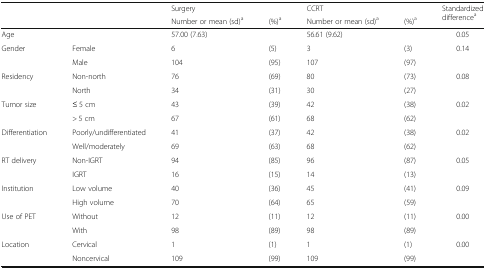
|  |  | Surgery |  | CCRT |  | <ROWSPAN=2> Standardized differencea |
 |  |  | Number or mean (sd)a | (%)a | Number or mean (sd)a | (%)a |
 | --- | --- | --- | --- | --- | --- | --- |
 | Age |  | 57.00 (7.63) |  | 56.61 (9.62) |  | 0.05 |
 | <ROWSPAN=2> Gender | Female | 6 | (5) | 3 | (3) | 0.14 |
 | Male | 104 | (95) | 107 | (97) |  |
 | <ROWSPAN=2> Residency | Non-north | 76 | (69) | 80 | (73) | 0.08 |
 | North | 34 | (31) | 30 | (27) |  |
 | <ROWSPAN=2> Tumor size | ≤ 5 cm | 43 | (39) | 42 | (38) | 0.02 |
 | > 5 cm | 67 | (61) | 68 | (62) |  |
 | <ROWSPAN=2> Differentiation | Poorly/undifferentiated | 41 | (37) | 42 | (38) | 0.02 |
 | Well/moderately | 69 | (63) | 68 | (62) |  |
 | <ROWSPAN=2> RT delivery | Non-IGRT | 94 | (85) | 96 | (87) | 0.05 |
 | IGRT | 16 | (15) | 14 | (13) |  |
 | <ROWSPAN=2> Institution | Low volume | 40 | (36) | 45 | (41) | 0.09 |
 | High volume | 70 | (64) | 65 | (59) |  |
 | <ROWSPAN=2> Use of PET | Without | 12 | (11) | 12 | (11) | 0.00 |
 | With | 98 | (89) | 98 | (89) |  |
 | <ROWSPAN=2> Location | Cervical | 1 | (1) | 1 | (1) | 0.00 |
 | Noncervical | 109 | (99) | 109 | (99) |  |